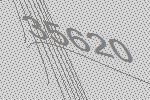
35620